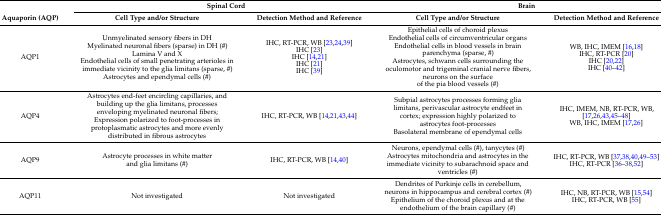
<table><thead><tr><td></td><td colspan="2"><b>Spinal Cord</b></td><td colspan="2"><b>Brain</b></td></tr><tr><td><b>Aquaporin (AQP)</b></td><td><b>Cell Type and/or Structure</b></td><td><b>Detection Method and Reference</b></td><td><b>Cell Type and/or Structure</b></td><td><b>Detection Method and Reference</b></td></tr></thead><tbody><tr><td>AQP1</td><td>Unmyelinated sensory fibers in DHMyelinated neuronal fibers (sparse) in DH (#)Lamina V and XEndothelial cells of small penetrating arterioles in immediate vicinity to the glia limitans (sparse, #)Astrocytes and ependymal cells (#)</td><td>IHC, RT-PCR, WB [23,24,39]IHC [23]IHC [14,21]IHC [21]IHC [39]</td><td>Epithelial cells of choroid plexusEndothelial cells of circumventricular organsEndothelial cells in blood vessels in brain parenchyma (sparse, #)Astrocytes, schwann cells surrounding the oculomotor and trigeminal cranial nerve fibers, neurons on the surface of the pia blood vessels (#)</td><td>WB, IHC, IMEM [16,18]IHC, RT-PCR [20]IHC [20,22]IHC [40,41,42]</td></tr><tr><td>AQP4</td><td>Astrocytes end-feet encircling capillaries, and building up the glia limitans, processes enveloping myelinated neuronal fibers; Expression polarized to foot-processes in protoplasmatic astrocytes and more evenly distributed in fibrous astrocytes</td><td>IHC, RT-PCR, WB [14,21,43,44]</td><td>Subpial astrocytes processes forming glia limitans, perivascular astrocyte endfeet in cortex; expression highly polarized to astrocytes foot-processesBasolateral membrane of ependymal cells</td><td>IHC, IMEM, NB, RT-PCR, WB, [17,26,43,45,46,47,48]WB, IHC, IMEM [17,26]</td></tr><tr><td>AQP9</td><td>Astrocyte processes in white matter and glia limitans (#)</td><td>IHC, RT-PCR, WB [14,40]</td><td>Neurons, ependymal cells (#), tanycytes (#)Astrocytes mitochondria and astrocytes in the immediate vicinity to subarachnoid space and ventricles (#)</td><td>IHC, RT-PCR, WB [37,38,40,49,50,51,52,53]IHC, RT-PCR [36,37,38,52]</td></tr><tr><td>AQP11</td><td>Not investigated</td><td>Not investigated</td><td>Dendrites of Purkinje cells in cerebellum, neurons in hippocampus and cerebral cortex (#)Epithelium of the choroid plexus and at the endothelium of the brain capillary (#)</td><td>IHC, NB, RT-PCR, WB [15,54]IHC, RT-PCR, WB [55] </td></tr></tbody></table>